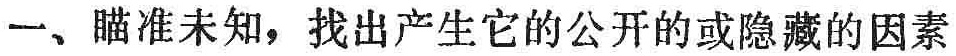
一、瞄准未知，找出产生它的公开的或隐藏的因素